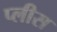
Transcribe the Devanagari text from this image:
प्लीस